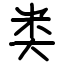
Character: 类